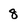
Character: 8